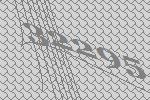
32295